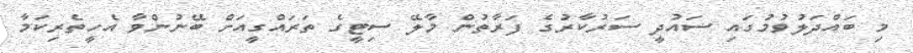
މި ބައްދަލުވުމުގައި ސައުދީ ސަރުކާރުގެ ފަރާތުން މާލޭ ސިޓީގެ ތަރައްގީއަށް ބޭނުންވާ އެހީތެރިކަމާ